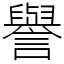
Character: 譽